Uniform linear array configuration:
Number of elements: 64
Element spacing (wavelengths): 0.75
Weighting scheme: exponential
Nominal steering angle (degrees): -15
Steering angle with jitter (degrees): -16.328
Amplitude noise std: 0.05
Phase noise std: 0.05

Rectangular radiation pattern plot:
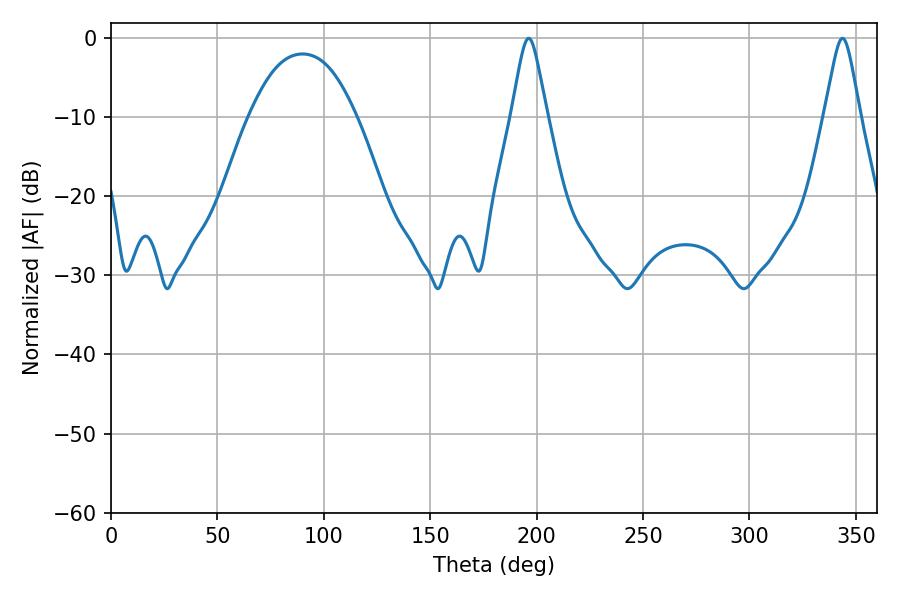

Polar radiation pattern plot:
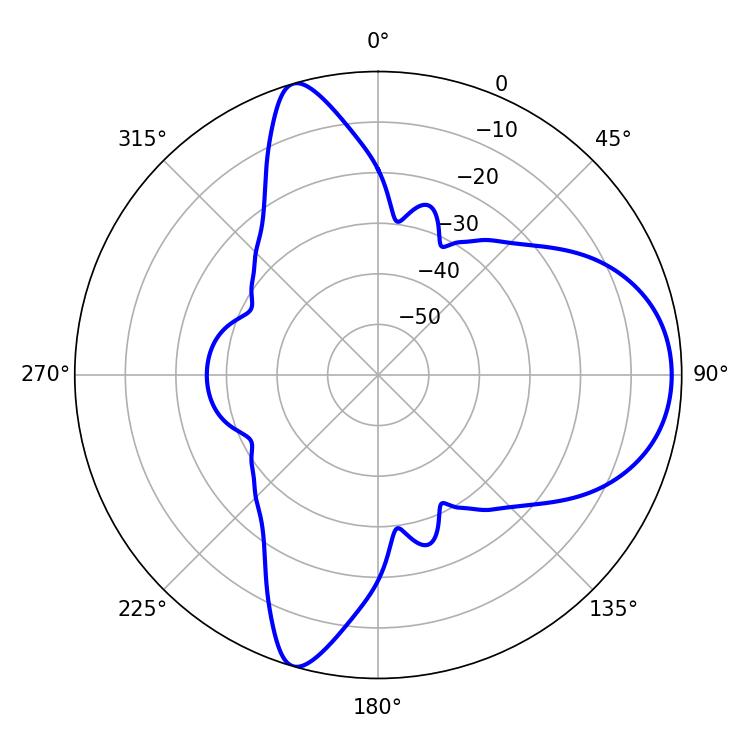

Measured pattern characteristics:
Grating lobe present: TRUE
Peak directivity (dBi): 8.674
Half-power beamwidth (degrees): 7.92
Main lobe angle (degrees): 196.2